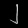
Digit: ၂